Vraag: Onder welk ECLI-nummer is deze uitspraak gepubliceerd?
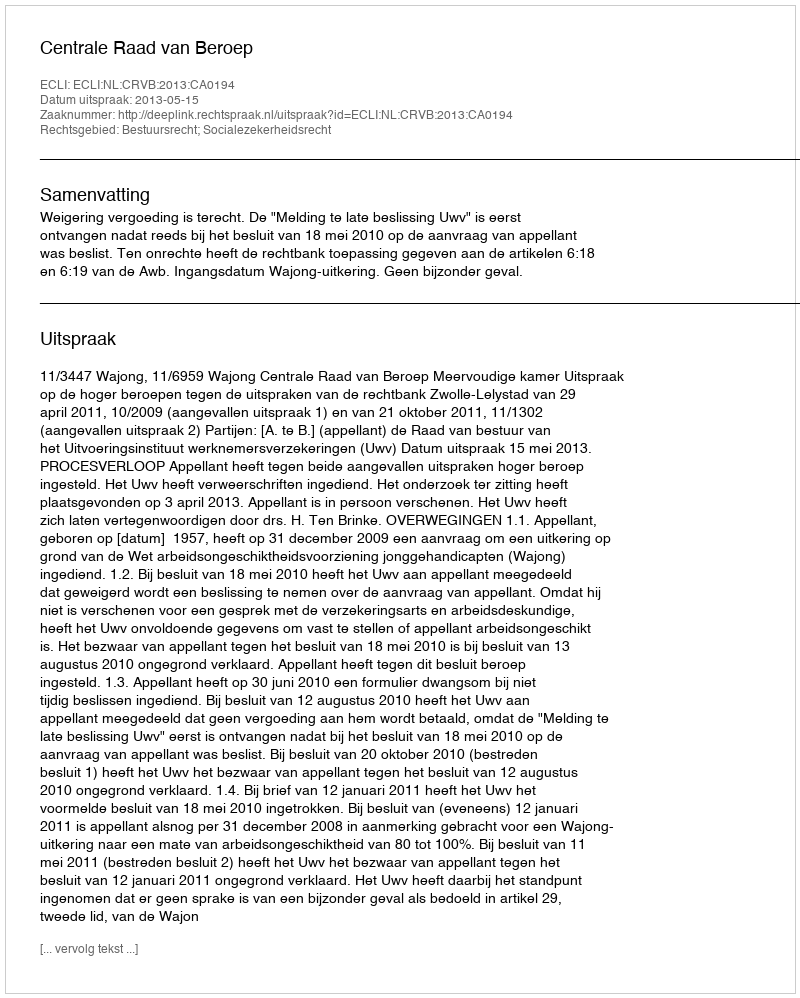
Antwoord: ECLI:NL:CRVB:2013:CA0194